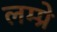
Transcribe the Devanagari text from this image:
लम्प्रे